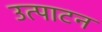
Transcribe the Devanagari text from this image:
उत्पाटन